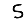
Digit: 5